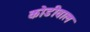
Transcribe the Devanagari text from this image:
कोडीवाल